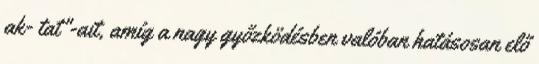
ak- tat"-ait, amíg a nagy győzködésben valóban hatásosan elő